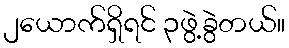
၂ယောက်ရှိရင် ၃ဖွဲ့ခွဲတယ်။